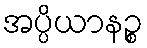
အပ္ပိယာနဉ္စ